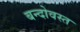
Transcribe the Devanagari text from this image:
बन्दोवस्त